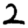
Digit: 2